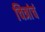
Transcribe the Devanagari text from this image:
चित्रांचं